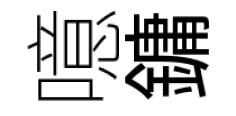
噫鏞